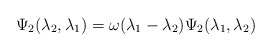
\begin{align*}\Psi _{2}(\lambda _{2},\lambda _{1})=\omega (\lambda _{1}-\lambda _{2})\Psi_{2}(\lambda _{1},\lambda _{2}) \end{align*}